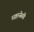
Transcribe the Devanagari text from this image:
सहस्त्रेसी